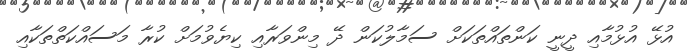
އުޅޭ އުޅުމާއި ދީނީ ކަންތައްތަކަށް ސަމާލުކަން ދޭ މިންވަރާއި ކިޔެވުމަށް ކުރާ މަސައްކަތްތަކާއި